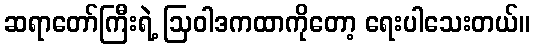
ဆရာတော်ကြီးရဲ့ ဩဝါဒကထာကိုတော့ ရေးပါသေးတယ်။